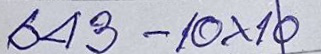
643 - 10x10